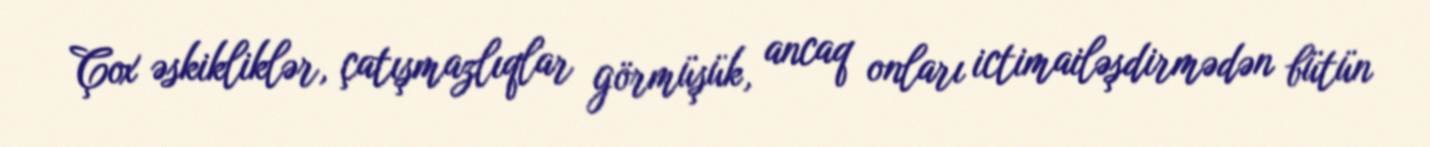
Çox əskikliklər, çatışmazlıqlar görmüşük, ancaq onları ictimailəşdirmədən bütün